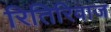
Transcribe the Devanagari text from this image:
रितिरिवाज